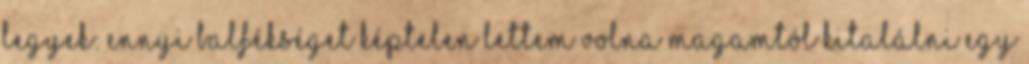
legyek: ennyi balfékséget képtelen lettem volna magamtól kitalálni egy